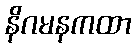
နိဂမနကထာ